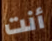
أنت